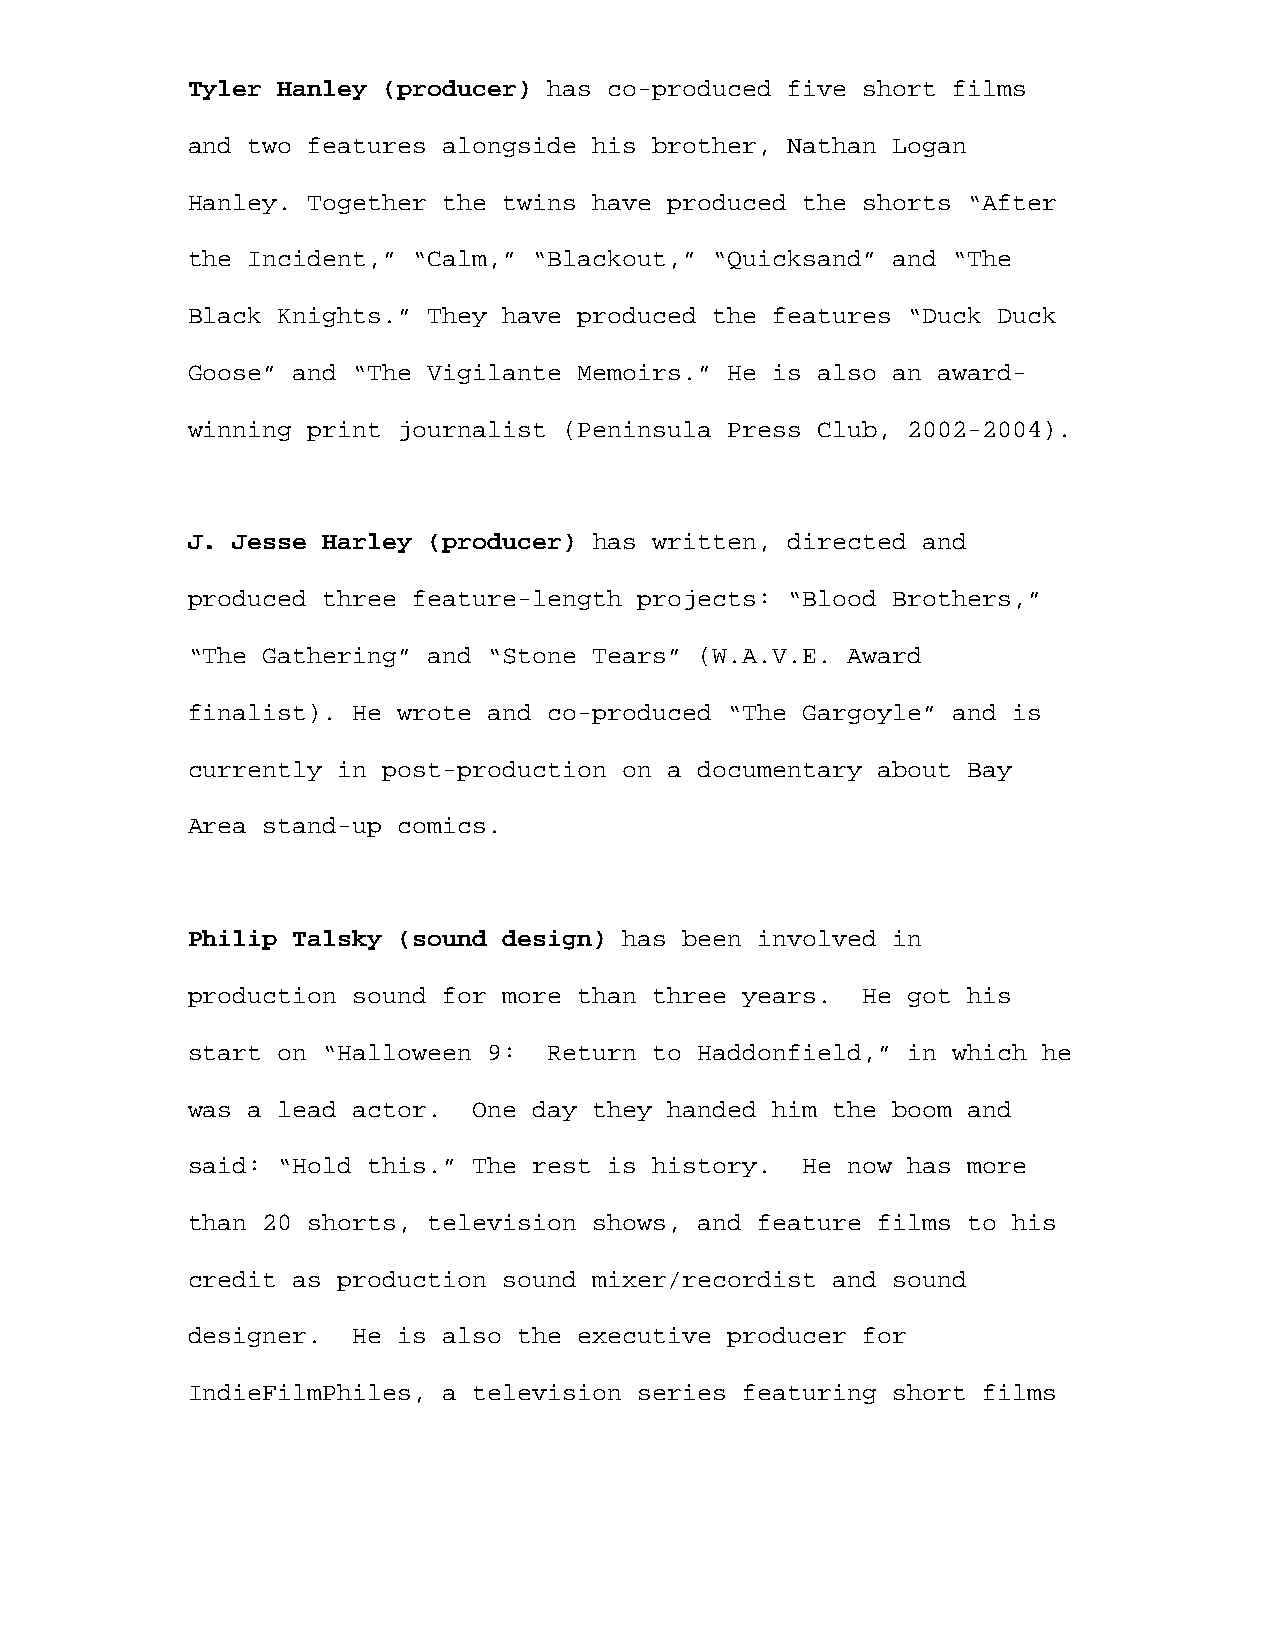
Tyler Hanley (producer) has co-produced five short films
 and two features alongside his brother, Nathan Logan
 Hanley. Together the twins have produced the shorts “After
 the Incident,” “Calm,” “Blackout,” “Quicksand” and “The
 Black Knights.” They have produced the features “Duck Duck
 Goose” and “The Vigilante Memoirs.” He is also an award-
 winning print journalist (Peninsula Press Club, 2002-2004).
 J. Jesse Harley (producer) has written, directed and
 produced three feature-length projects: “Blood Brothers,”
 “The Gathering” and “Stone Tears” (W.A.V.E. Award
 finalist). He wrote and co-produced “The Gargoyle” and is
 currently in post-production on a documentary about Bay
 Area stand-up comics.
 Philip Talsky (sound design) has been involved in
 production sound for more than three years.  He got his
 start on “Halloween 9:  Return to Haddonfield,” in which he
 was a lead actor.  One day they handed him the boom and
 said: “Hold this.” The rest is history.  He now has more
 than 20 shorts, television shows, and feature films to his
 credit as production sound mixer/recordist and sound
 designer.  He is also the executive producer for
 IndieFilmPhiles, a television series featuring short films